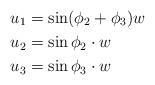
LaTeX: \begin{align*}u_1 &= \sin (\phi_2 + \phi_3) w \\u_2 &= \sin \phi_2 \cdot w \\u_3 &= \sin \phi_3 \cdot w\end{align*}